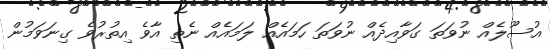
އުސޫލެއް ނުވަތަ ގަވާއިދެއް ނުވަތަ ހަމައެއް ލަމައެއް ނެތި އާވެ އިތުރުވެ ގިނަވަމުން